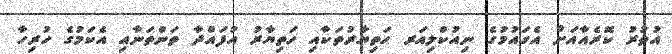
އުތުރު ކޮރެއާއަށް އެގައުމުގެ ނިއުކްލިއަރ ހަތިޔާރުތަކާއި ހަތިޔާރު އުފައްދާ ތަންތަނާއި އެކަމުގެ ހުރިހާ